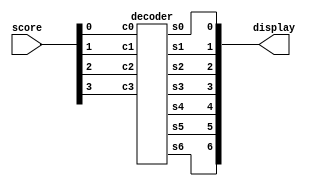
module hex_seg(display, score);
	input [4:0] score;
	output [6:0] display;

	decoder d(
		.c3(score[3]),
		.c2(score[2]),
		.c1(score[1]),
		.c0(score[0]),
		.s0(display[0]),
		.s1(display[1]),
		.s2(display[2]),
		.s3(display[3]),
		.s4(display[4]),
		.s5(display[5]),
		.s6(display[6])	
	);
endmodule

//submodule that assigns the off/on state for each segement s0 - s6
module decoder(c3,c2,c1,c0,s0,s1,s2,s3,s4,s5,s6);
	input c3, c2, c1, c0;
	output s0, s1, s2, s3, s4, s5, s6;
	
	assign s0 = (~c3&c2&~c1&~c0 | ~c3&~c2&~c1&c0 |
		c3&c2&~c1&c0 | c3&~c2&c1&c0);  
	
	assign s1 = (c3&c2&~c0 | ~c3&c2&~c1&c0 |
		c3&c1&c0 | c2&c1&~c0);

	assign s2 = (c3&c2&~c0 | c3&c2&c1 | ~c3&~c2&c1&~c0);
	
	assign s3 = (~c3&c2&~c1&~c0 | ~c3&~c2&~c1&c0 | 
		c2&c1&c0 | c3&~c2&c1&~c0);

	assign s4 = (~c3&c2&~c1 | ~c2&~c1&c0 | ~c3&c0);

	assign s5 = (c3&c2&~c1&c0 | ~c3&c1&c0 | 
		~c3&~c2&c1 | ~c3&~c2&c0);

	assign s6 = (~c3&~c2&~c1 | ~c3&c2&c1&c0 |
		c3&c2&~c1&~c0);
 
endmodule